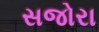
સજોરા